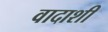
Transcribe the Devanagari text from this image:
वादाशी